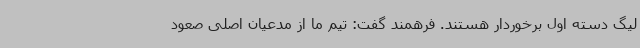
لیگ دسته اول برخوردار هستند. فرهمند گفت: تیم ما از مدعیان اصلی صعود